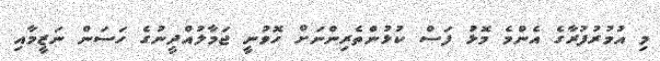
މި އުމުރުފުރާގެ އެންމެ މޮޅު ފަސް ކުޅުންތެރިންނަށް ހޮވުނީ ޖަމާލުއްދީނުގެ ހަސަން ނަޒީމާއި